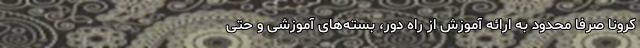
کرونا صرفا محدود به ارائه آموزش از راه دور، بسته‌های آموزشی و حتی